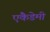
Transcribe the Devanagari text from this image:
एकैडेमी